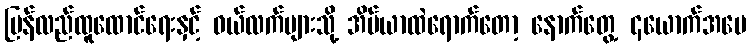
ပြန်လည်ထူထောင်ရေးနှင့် ဝယ်လက်များသို့ အိပ်ယာထဲရောက်တော့ နောက်တွေ့ ၄ယောက်အမေ